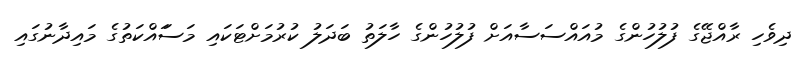
ދިވެހި ރާއްޖޭގެ ފުލުހުންގެ މުއައްސަސާއަށް ފުލުހުންގެ ހާލަތު ބަދަލު ކުރުމަށްޓަކައި މަސަައްކަތުގެ މައިދާނުގައި